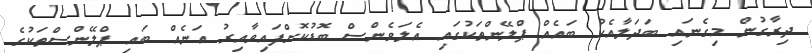
ދިރާގުން މިގެނައި ބަދަލާއެކު ބައެއް ޕްލޭންތަކުގައި އެލަވެންސް ބޮޑުކޮށްފައިވާއިރު އަނެއް ބައި ޕްލޭންސްތަކުގެ